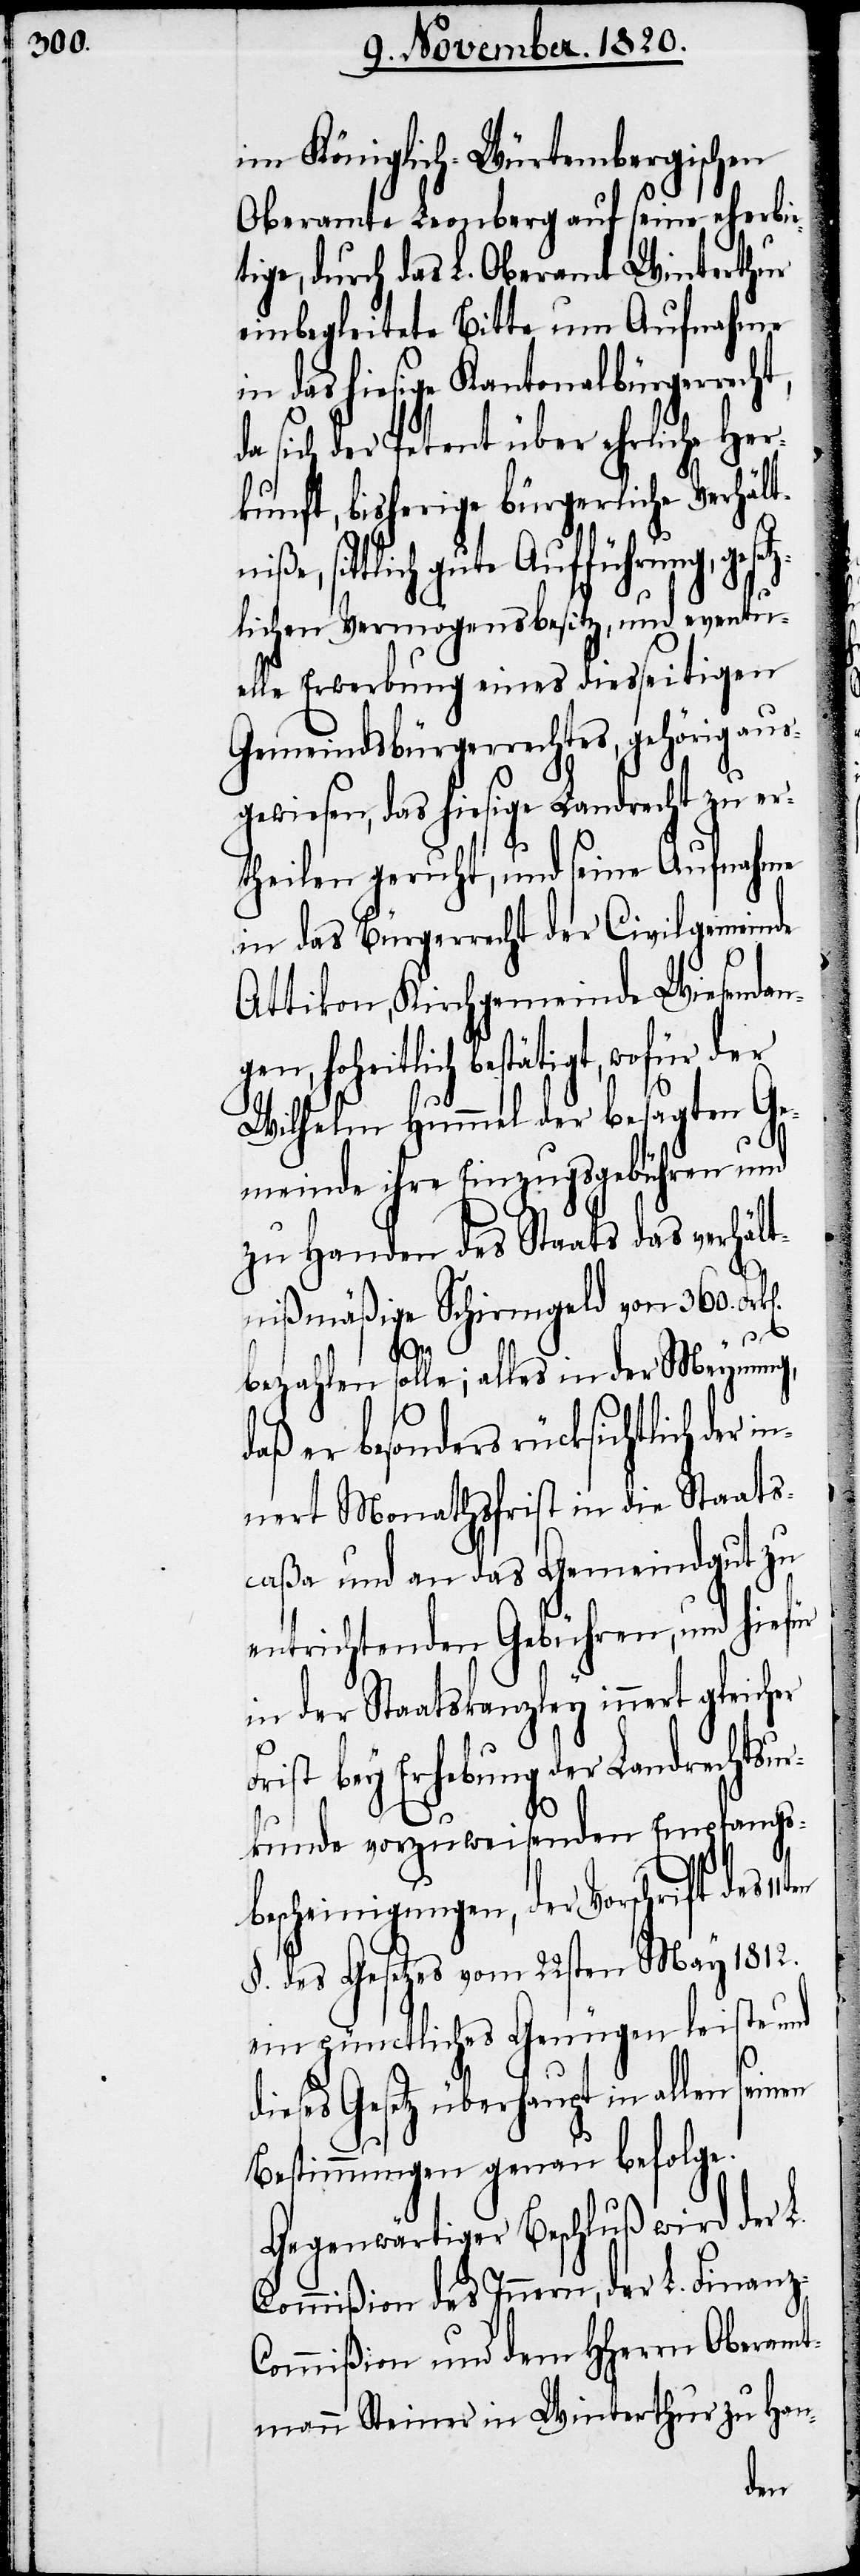
im Königlich-Würtembergischen
Oberamte Leonberg auf seine ehrerbie¬
tige, durch das L. Oberamt Winterthur
einbegleitete Bitte um Aufnahme
in das hiesige Kantonalbürgerrecht,
da sich der Petent über ehrliche Her¬
kunft, bisherige bürgerliche Verhält¬
sittlich gute Aufführung, ge¬
lichen Vermögensbesitz, und eventu¬
elle Erwerbung eines diesseitigen
Gmeindsbürgerrechtes, gehörig aus¬
gewiesen, das hiesige Landrecht zu er¬
theilen geruht, und seine Aufnahme
in das Bürgerrecht der Civilgemeinde
Attikon, Kirchgemeinde Wiesendan¬
eitlich bestätigt, wofür der
Wilhelm Hummel der besagten Ge¬
meinde ihre Einzugsgebühren und
zu Handen des Staats das verhält¬
nißmäßige Schirmgeld von 360. Fr¬
en
bezahlen solle; alles in der Meynung,
er besonders rücksichtlich der
nert Monathsfrist in die Staats¬
caßa und an das Gemeindgut zu
entrichtenden Gebühren, und hiefür
in der Staatskanzley innert gleicher
Frist bey Erhebung der Landrechtsur¬
kunde vorzuweisenden Empfangs¬
bescheinigungen, der Vorschrift des
§. des Gesetzes vom 22sten May 1812.
ein pünctliches Genügen leiste und
dieses Gesetz überhaupt in allen sein¬
Bestimmungen genau befolge.
Gegenwärtiger Beschluß wird der
Commißion des Innern, der L. Finanz-C¬
ommißion und dem HHerrn Oberamt¬
mann Steiner in Winterthur zu Han-
gen,